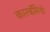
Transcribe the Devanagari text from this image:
कारबॅमिनो